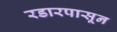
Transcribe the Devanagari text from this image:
रडारपासून